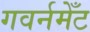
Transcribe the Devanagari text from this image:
गवर्नमेँट